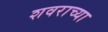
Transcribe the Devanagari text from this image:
शवराच्या